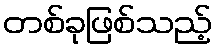
တစ်ခုဖြစ်သည့်